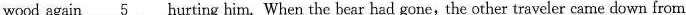
wood again 5 hurting him. When the bear had gone, the other traveler came down from